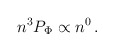
\begin{align*}n^3P_{\rm \Phi }\propto n^0 \, .\end{align*}